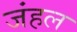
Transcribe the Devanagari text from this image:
जंहल